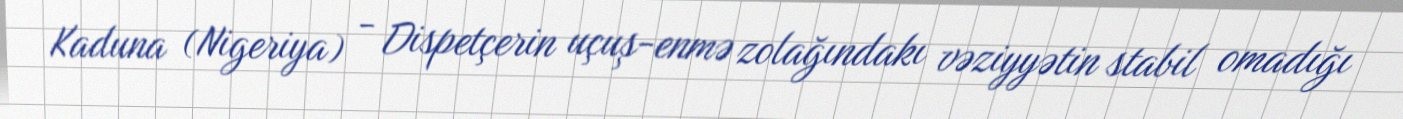
Kaduna (Nigeriya) - Dispetçerin uçuş-enmə zolağındakı vəziyyətin stabil omadığı